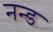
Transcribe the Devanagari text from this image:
नन्ड